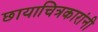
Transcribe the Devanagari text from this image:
छायाचित्रकारांनी